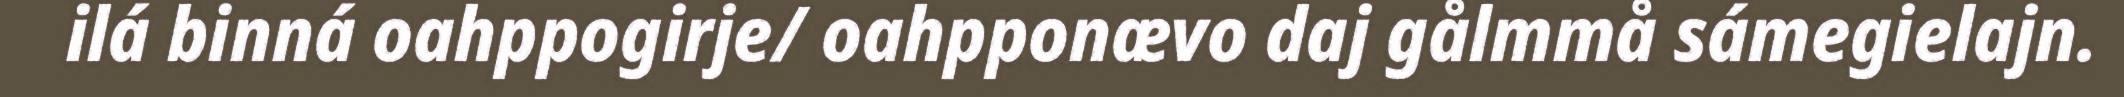
ilá binná oahppogirje/ oahpponævo daj gålmmå sámegielajn.